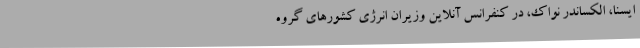
ایسنا، الکساندر نواک، در کنفرانس آنلاین وزیران انرژی کشورهای گروه